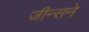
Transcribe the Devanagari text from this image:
जीन्सने